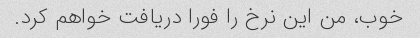
خوب، من این نرخ را فورا دریافت خواهم کرد.